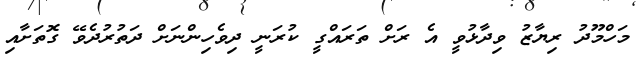
މަހްމޫދު ރިޔާޒު ވިދާޅުވީ އެ ރަށް ތަރައްގީ ކުރަނީ ދިވެހިންނަށް ދަތުރުދެވޭ ގޮތަށާއި